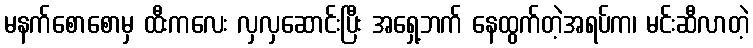
မနက်စောစောမှ ထီးကလေး လှလှဆောင်းပြီး အရှေ့ဘက် နေထွက်တဲ့အရပ်က၊ မင်းဆီလာတဲ့